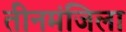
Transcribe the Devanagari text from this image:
तीनमंजिला